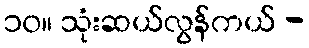
၁၀။ သုံးဆယ်လွန်ကယ် -